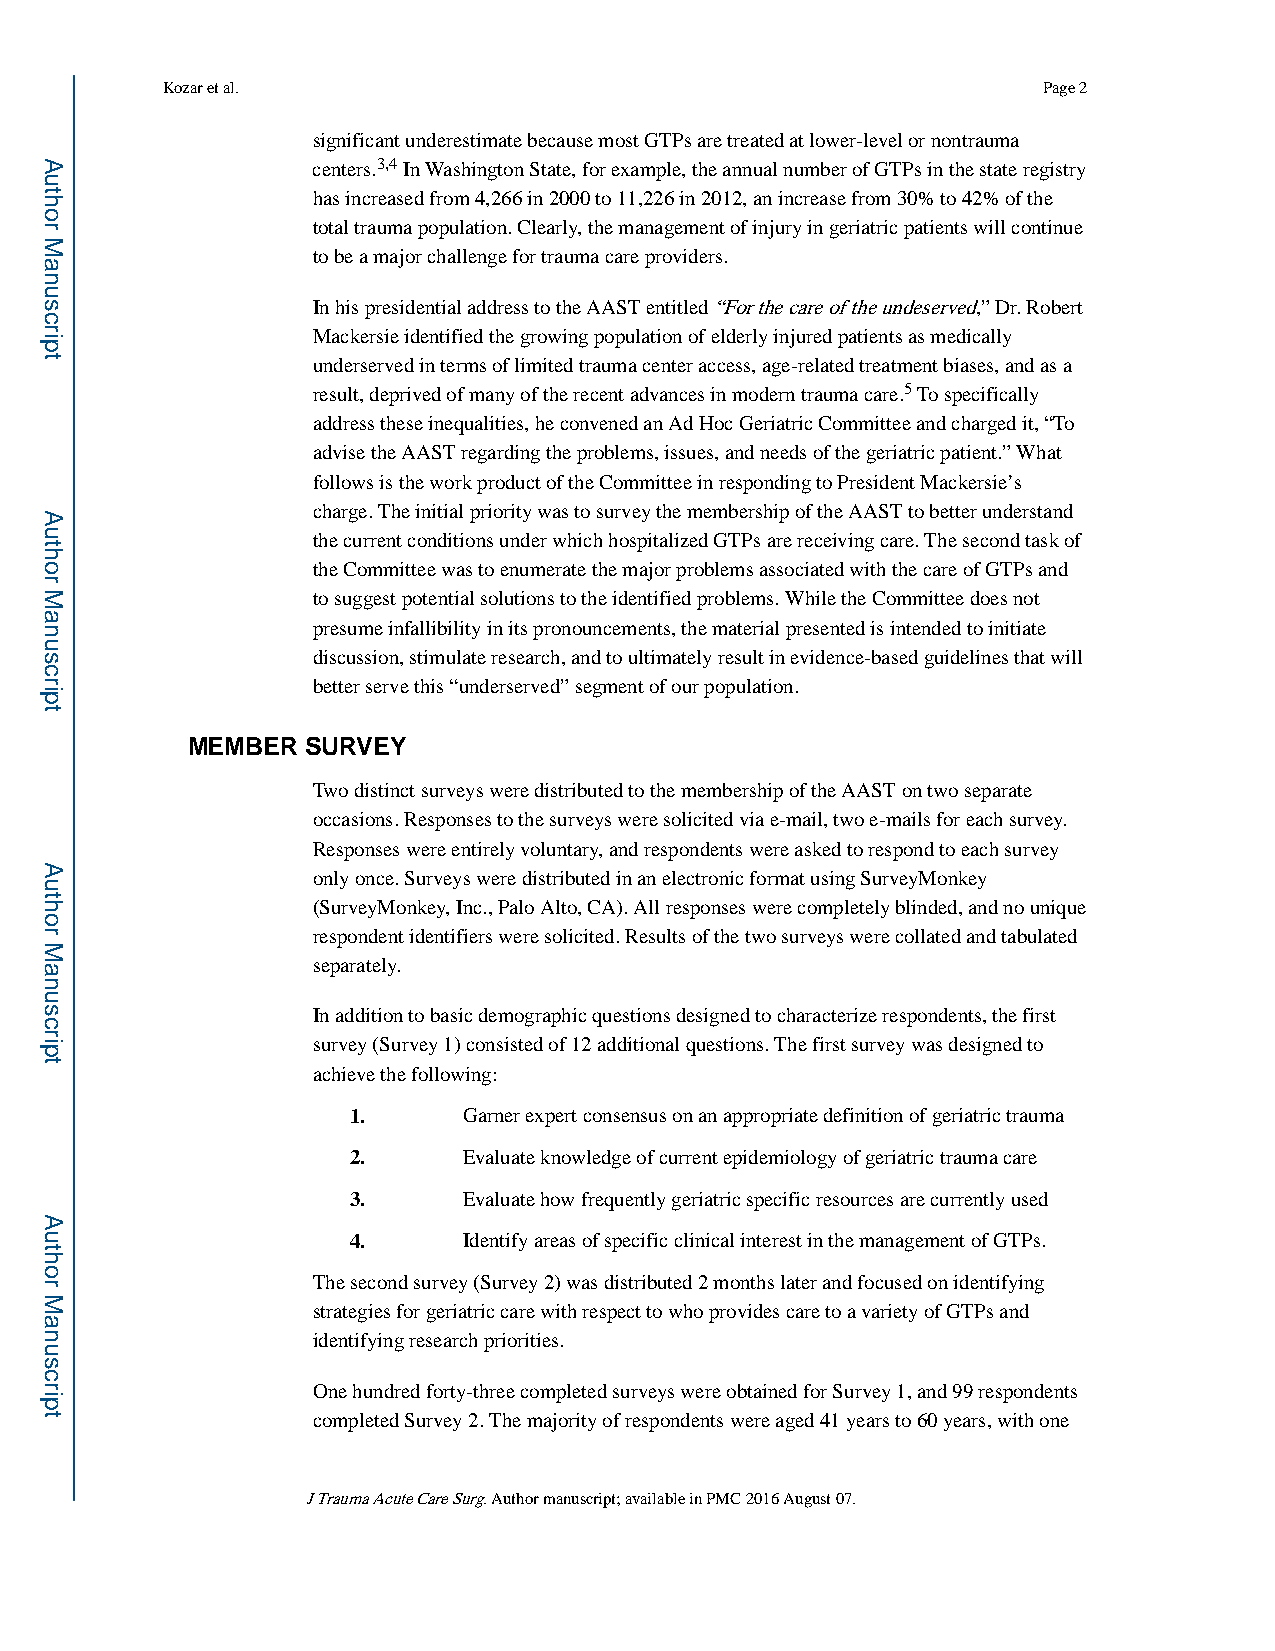
Kozar et al.                                              Page 2
 significant underestimate because most GTPs are treated at lower-level or nontrauma
 centers.3,4 In Washington State, for example, the annual number of GTPs in the state registry
 has increased from 4,266 in 2000 to 11,226 in 2012, an increase from 30% to 42% of the
 total trauma population. Clearly, the management of injury in geriatric patients will continue
 to be a major challenge for trauma care providers.
 In his presidential address to the AAST entitled “For the care of the undeserved,” Dr. Robert
 Mackersie identified the growing population of elderly injured patients as medically
 underserved in terms of limited trauma center access, age-related treatment biases, and as a
 result, deprived of many of the recent advances in modern trauma care.5 To specifically
 address these inequalities, he convened an Ad Hoc Geriatric Committee and charged it, “To
 advise the AAST regarding the problems, issues, and needs of the geriatric patient.” What
 follows is the work product of the Committee in responding to President Mackersie’s
 charge. The initial priority was to survey the membership of the AAST to better understand
 the current conditions under which hospitalized GTPs are receiving care. The second task of
 the Committee was to enumerate the major problems associated with the care of GTPs and
 to suggest potential solutions to the identified problems. While the Committee does not
 presume infallibility in its pronouncements, the material presented is intended to initiate
 discussion, stimulate research, and to ultimately result in evidence-based guidelines that will
 better serve this “underserved” segment of our population.
 MEMBER  SURVEY
 Two distinct surveys were distributed to the membership of the AAST on two separate
 occasions. Responses to the surveys were solicited via e-mail, two e-mails for each survey.
 Responses were entirely voluntary, and respondents were asked to respond to each survey
 only once. Surveys were distributed in an electronic format using SurveyMonkey
 (SurveyMonkey, Inc., Palo Alto, CA). All responses were completely blinded, and no unique
 respondent identifiers were solicited. Results of the two surveys were collated and tabulated
 separately.
 In addition to basic demographic questions designed to characterize respondents, the first
 survey (Survey 1) consisted of 12 additional questions. The first survey was designed to
 achieve the following:
 1.      Garner expert consensus on an appropriate definition of geriatric trauma
 2.      Evaluate knowledge of current epidemiology of geriatric trauma care
 3.      Evaluate how frequently geriatric specific resources are currently used
 4.      Identify areas of specific clinical interest in the management of GTPs.
 The second survey (Survey 2) was distributed 2 months later and focused on identifying
 strategies for geriatric care with respect to who provides care to a variety of GTPs and
 identifying research priorities.
 One hundred forty-three completed surveys were obtained for Survey 1, and 99 respondents
 completed Survey 2. The majority of respondents were aged 41 years to 60 years, with one
 J Trauma Acute Care Surg. Author manuscript; available in PMC 2016 August 07.
 Author
 Manuscript
 Author
 Manuscript
 Author
 Manuscript
 Author
 Manuscript